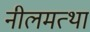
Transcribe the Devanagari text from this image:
नीलमत्था